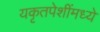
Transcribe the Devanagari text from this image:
यकृतपेशींमध्ये